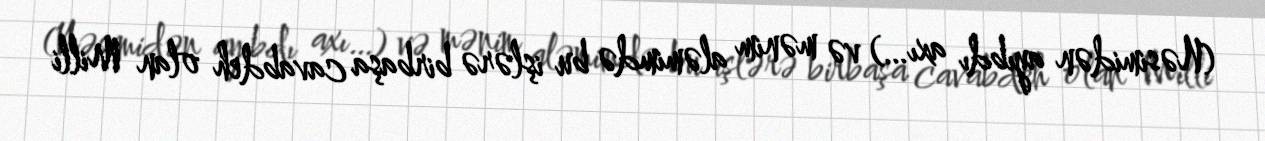
(Nəsimidən ayıbdı axı…) və mənim aləmimdə bu işlərə birbaşa cavabdeh olan Milli